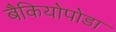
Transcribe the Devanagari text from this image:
बैकियोपोडा